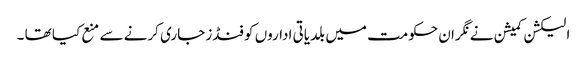
الیکشن کمیشن نے نگران حکومت میں بلدیاتی اداروں کو فنڈز جاری کرنے سے منع کیا تھا ۔